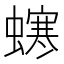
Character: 𧑚